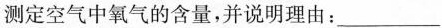
测定空气中氧气的含量，并说明理由：___